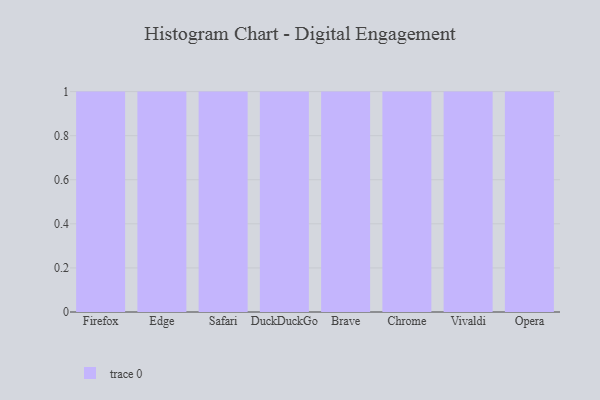
{"axis": {"x": "Browser", "y": "Operating Costs (USD K)"}, "legend": [""], "data": [{"x": "Firefox", "y": 66, "type": ""}, {"x": "Edge", "y": 25, "type": ""}, {"x": "Safari", "y": 13, "type": ""}, {"x": "DuckDuckGo", "y": 31, "type": ""}, {"x": "Brave", "y": 56, "type": ""}, {"x": "Chrome", "y": 13, "type": ""}, {"x": "Vivaldi", "y": 97, "type": ""}, {"x": "Opera", "y": 45, "type": ""}]}